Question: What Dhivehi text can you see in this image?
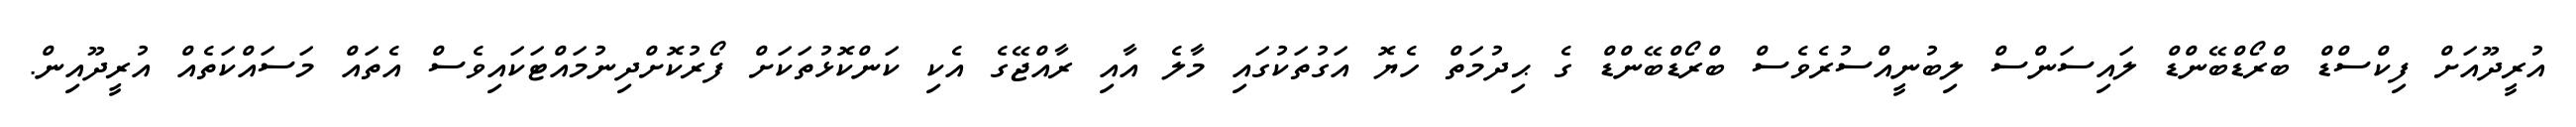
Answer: އުރީދޫއަށް ފިކްސްޑް ބްރޯޑްބޭންޑް ލައިސަންސް ލިބުނީއްސުރެވެސް ބްރޯޑްބޭންޑް ގެ ޙިދުމަތް ހެޔޮ އަގުތަކުގައި މާލެ އާއި ރާއްޖޭގެ އެކި ކަންކޮޅުތަކަށް ފޯރުކޮށްދިނުމައްޓަކައިވެސް އެތައް މަސައްކަތެއް އުރީދޫއިން.